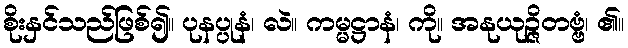
စိုးနှင်သည်ဖြစ်၍။ ပုနပ္ပုနံ၊ လဲ။ ကမ္မဋ္ဌာနံ၊ ကို။ အနုယုဉ္ဇိတဗ္ဗံ၊ ၏။